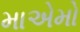
માએમો